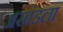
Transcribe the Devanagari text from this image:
अखंडला